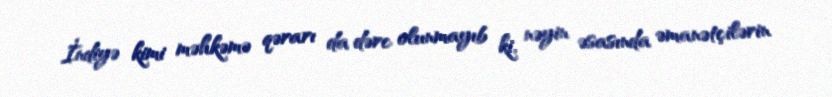
İndiyə kimi məhkəmə qərarı da dərc olunmayıb ki, nəyin əsasında əmanətçilərin